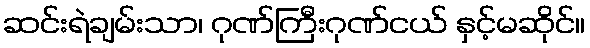
ဆင်းရဲချမ်းသာ၊ ဂုဏ်ကြီးဂုဏ်ငယ် နှင့်မဆိုင်။